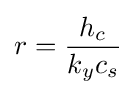
r={\frac {h_{c}}{k_{y}c_{s}}}